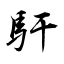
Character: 馯